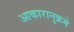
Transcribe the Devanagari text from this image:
आकारानुक्रमे